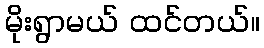
မိုးရွာမယ် ထင်တယ်။